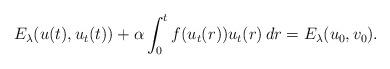
LaTeX: \begin{align*}E_{\lambda}( u(t), u_{t}(t) ) + \alpha \int_{0}^{t} f(u_{t}(r))u_{t}(r) \, dr= E_{\lambda}( u_{0}, v_{0} ) .\end{align*}